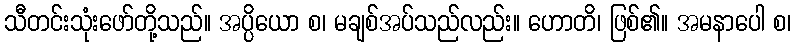
သီတင်းသုံးဖော်တို့သည်။ အပ္ပိယော စ၊ မချစ်အပ်သည်လည်း။ ဟောတိ၊ ဖြစ်၏။ အမနာပေါ စ၊